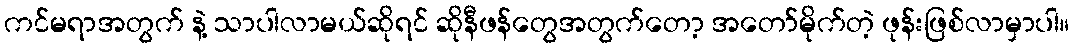
ကင်မရာအတွက် နဲ့ သာပါလာမယ်ဆိုရင် ဆိုနီဖန်တွေအတွက်တော့ အတော်မိုက်တဲ့ ဖုန်းဖြစ်လာမှာပါ။